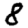
Digit: 8